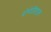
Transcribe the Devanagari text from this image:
रोगेतिहास